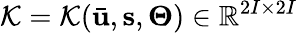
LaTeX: \mathcal{K}=\mathcal{K}(\bar{\mathbf{u}},\mathbf{s},\mathbf{\Theta})\in\mathbb{R}^{2I\times 2I}